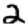
Digit: 2